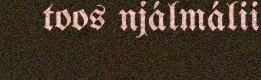
toos njálmálii